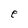
Character: e